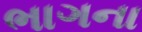
ભાગના